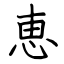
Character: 恵